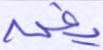
يغن